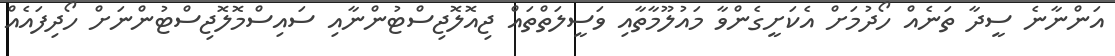
އަންނާނެ ސީދާ ތަނެއް ހޯދުމަށް އެކަށީގެންވާ މައުލޫމާތާއި ވަސީލަތްތައް ޖިއޮލޮޖިސްޓުންނާއި ސައިސްމޮލޮޖިސްޓުންނަށް ހޯދިފައެއް